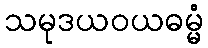
သမုဒယဝယဓမ္မံ